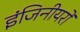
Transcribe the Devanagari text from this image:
इंजिनीयरों